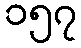
၁၅၇